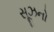
સૂઝનો